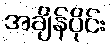
အချိန်ပိုင်း